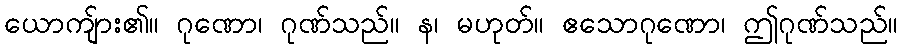
ယောကျ်ား၏။ ဂုဏော၊ ဂုဏ်သည်။ န၊ မဟုတ်။ ဧသောဂုဏော၊ ဤဂုဏ်သည်။